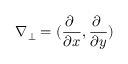
\nabla _ { \perp } = ( \frac { \partial \mathrm { ~ } } { \partial x } , \frac { \partial \mathrm { ~ } } { \partial y } )